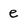
Character: e